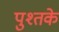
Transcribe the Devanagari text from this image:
पुश्तके